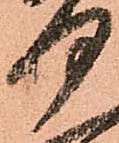
何